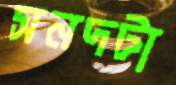
সনদটা